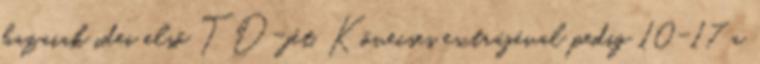
hazaiak idei első TD-jét. Kövecses extrájával pedig 10-17 a